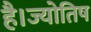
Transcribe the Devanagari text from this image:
है।ज्योतिष